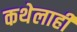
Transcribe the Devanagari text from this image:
कथेलाही